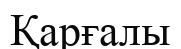
Қарғалы